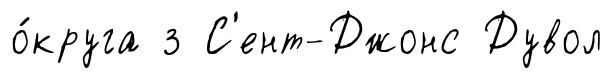
о́круга з С'ент-Джонс Дувол